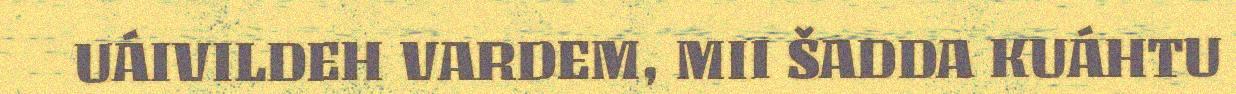
UÁIVILDEH VARDEM, MII ŠADDA KUÁHTU